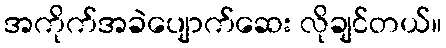
အကိုက်အခဲပျောက်ဆေး လိုချင်တယ်။